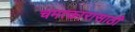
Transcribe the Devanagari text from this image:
चमत्कारासाठी